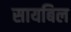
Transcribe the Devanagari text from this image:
सायबिल